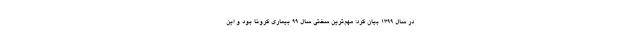
در سال ۱۳۹۹ بیان کرد: مهم‌ترین سختی سال ۹۹ بیماری کرونا بود و این